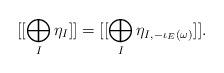
LaTeX: \begin{align*} [[\bigoplus_{I} \eta_{I}]] = [[\bigoplus_{I} \eta_{I,-\iota_{E}(\omega)}]].\end{align*}